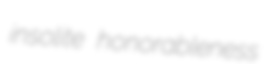
insolite honorableness